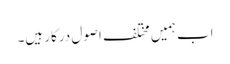
اب ہمیں مختلف اصول درکار ہیں۔